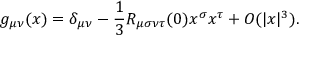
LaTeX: g _ { \mu \nu } ( x ) = \delta _ { \mu \nu } - { \frac { 1 } { 3 } } R _ { \mu \sigma \nu \tau } ( 0 ) x ^ { \sigma } x ^ { \tau } + O ( | x | ^ { 3 } ) .